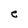
Character: e